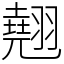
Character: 翹